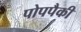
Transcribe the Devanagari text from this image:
पोपपैकी